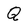
Character: Q